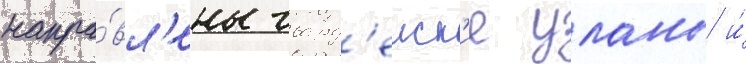
напра́вл'ены гвард'еиск'ие уланы и́